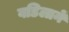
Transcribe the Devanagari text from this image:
वडिलानें